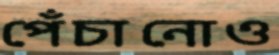
পেঁচানোও